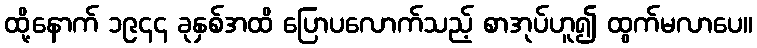
ထို့နောက် ၁၉၄၄ ခုနှစ်အထိ ပြောပလောက်သည့် စာအုပ်ဟူ၍ ထွက်မလာပေ။